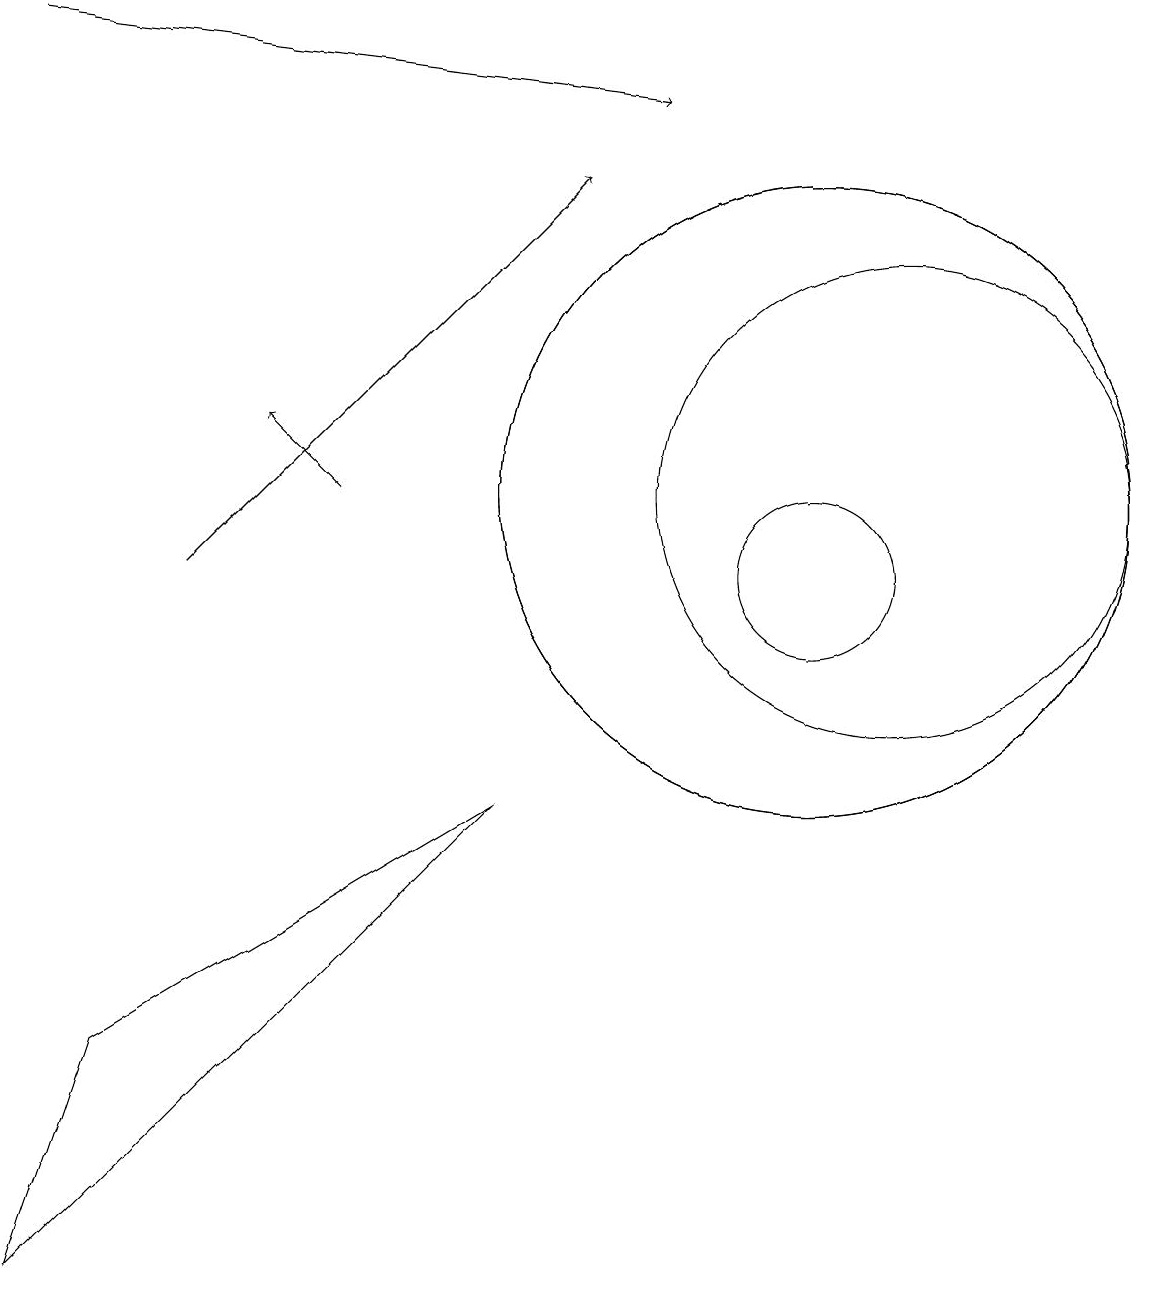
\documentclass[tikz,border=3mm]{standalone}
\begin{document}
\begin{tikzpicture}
\draw[->] (0,17) -- (8,16);
\draw (11,11) circle (3);
\draw[->] (2,10) -- (7,15);
\draw (1,4) -- (6,7) -- (0,1) -- cycle;
\draw[->] (4,11) -- (3,12);
\draw (10,11) circle (4);
\draw (10,10) circle (1);
\draw (10,11) circle (4);
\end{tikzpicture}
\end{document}